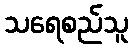
သရေစည်သူ